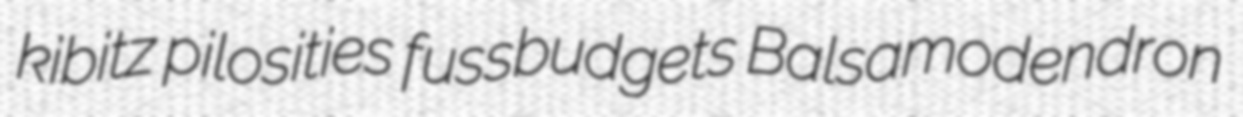
kibitz pilosities fussbudgets Balsamodendron